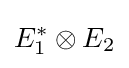
E_{1}^{*}\otimes E_{2}